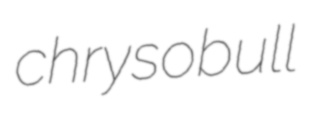
chrysobull